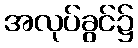
အလုပ်ခွင်၌